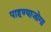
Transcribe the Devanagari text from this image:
पाहण्याजोगा